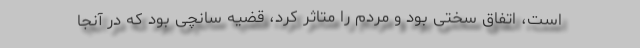
است، اتفاق سختی بود و مردم را متاثر کرد، قضیه سانچی بود که در آنجا